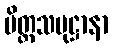
ပိတ္တသမုဋ္ဌာနာ